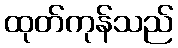
ထုတ်ကုန်သည်